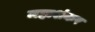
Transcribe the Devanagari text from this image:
महाशंकर